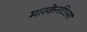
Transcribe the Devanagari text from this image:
मारकेनटिएसी